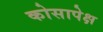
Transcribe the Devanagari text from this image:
कोसापेक्ष